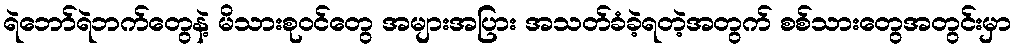
ရဲဘော်ရဲဘက်တွေနဲ့ မိသားစုဝင်တွေ အများအပြား အသတ်ခံခဲ့ရတဲ့အတွက် စစ်သားတွေအတွင်းမှာ